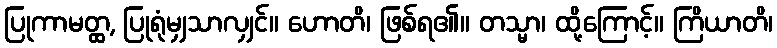
ပြုကာမတ္တ္ထ, ပြုရုံမျှသာလျှင်။ ဟောတိ၊ ဖြစ်ရ၏။ တသ္မာ၊ ထို့ကြောင့်။ ကြိယာတိ၊